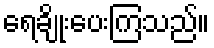
ရေချိုးပေးကြသည်။